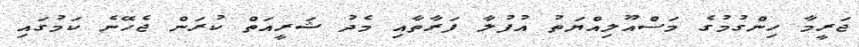
ޖަރީމާ ހިންގުމުގެ މަސްއޫލިއްޔަތު އުފުލާ ފަރާތާއި މެދު ޝަރީއަތް ކުރަން ޖެހޭނެ ކަމުގައި